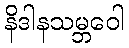
နိဒါနသမ္ဘဝေါ